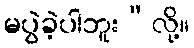
မပွဲခဲ့ပါဘူး”လို့။